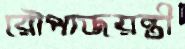
রৌপ্যজয়ন্তী